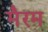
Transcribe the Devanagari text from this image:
मैरम